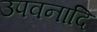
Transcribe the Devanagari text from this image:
उपवनादि